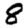
Digit: 8